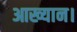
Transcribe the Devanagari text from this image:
आख्यान।